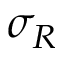
\sigma _ { R }